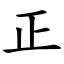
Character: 正